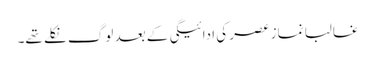
غالبا نماز عصر کی ادائیگی کے بعد لوگ نکلے تھے۔